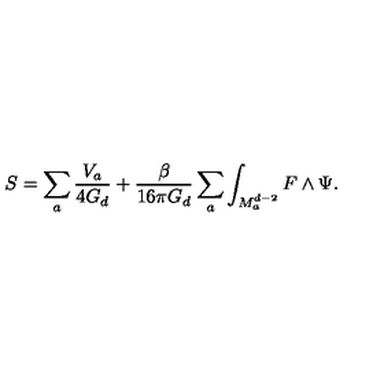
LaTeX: S = \sum _ { a } \frac { V _ { a } } { 4 G _ { d } } + \frac { \beta } { 1 6 \pi G _ { d } } \sum _ { a } \int _ { M _ { a } ^ { d - 2 } } F \wedge \Psi .